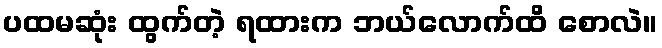
ပထမဆုံး ထွက်တဲ့ ရထားက ဘယ်လောက်ထိ စောလဲ။